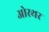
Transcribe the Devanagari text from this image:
ओरथर